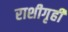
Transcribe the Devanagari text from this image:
राशीगृही